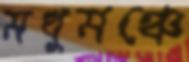
মধুমঞ্চে